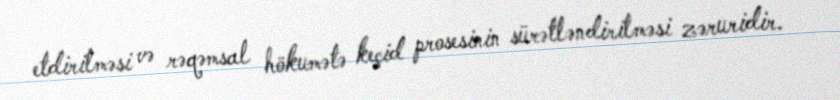
etdirilməsi və rəqəmsal hökumətə keçid prosesinin sürətləndirilməsi zəruridir.